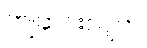
ကျဆင်းလျက်